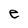
Character: e